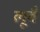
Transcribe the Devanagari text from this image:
लूवैं